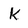
Character: k